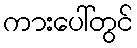
ကားပေါ်တွင်